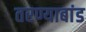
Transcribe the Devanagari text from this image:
तरण्याबांड